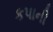
કપાની